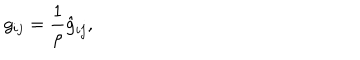
g _ { i j } = \frac 1 \rho \hat { g } _ { i j } ,